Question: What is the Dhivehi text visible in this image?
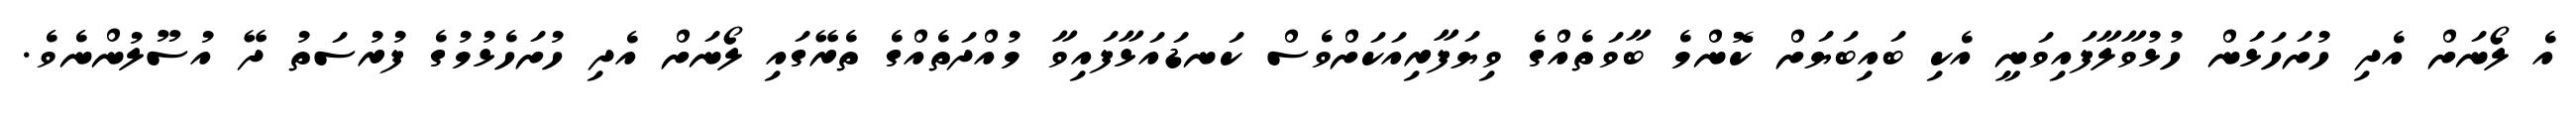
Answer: އެ ލޯނަށް އެދި ހުށަހަޅަން ހުޅުވާލާފައިވަނީ އެކި ބައިބަޔަށް ކޮންމެ ބާވަތެއްގެ ވިޔަފާރިއަކަށްވެސް ކަނޑައަޅާފައިވާ މުއްދަތެއްގެ ތެރޭގައި ލޯނަށް އެދި ހުށަހެޅުމުގެ ފުރުސަތު ދޭ އުސޫލުންނެވެ.